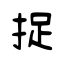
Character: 捉